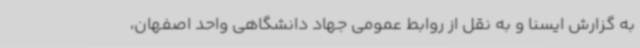
به گزارش ایسنا و به نقل از روابط عمومی جهاد دانشگاهی واحد اصفهان،